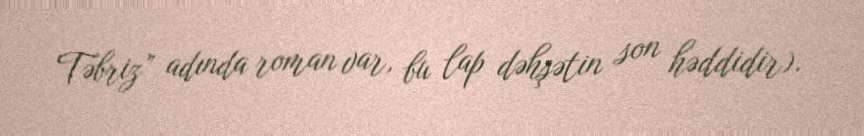
Təbriz” adında roman var, bu lap dəhşətin son həddidir).